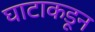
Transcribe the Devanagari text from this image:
घाटाकडून